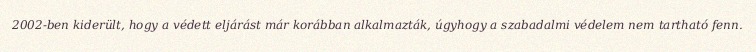
2002-ben kiderült, hogy a védett eljárást már korábban alkalmazták, úgyhogy a szabadalmi védelem nem tartható fenn.